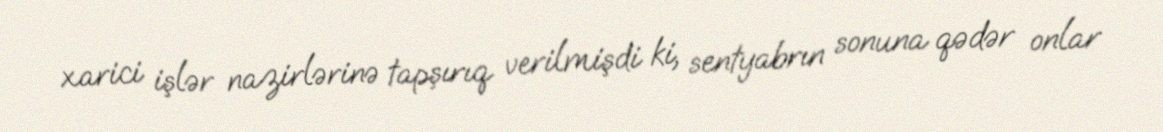
xarici işlər nazirlərinə tapşırıq verilmişdi ki, sentyabrın sonuna qədər onlar